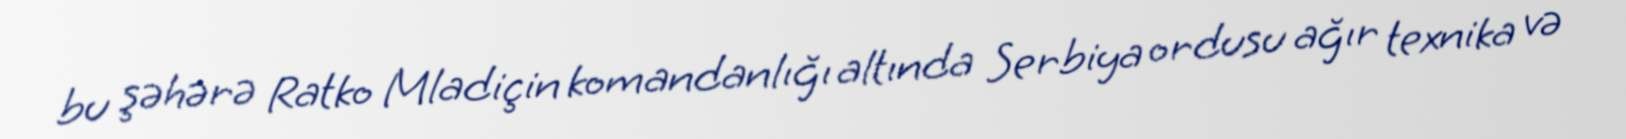
bu şəhərə Ratko Mladiçin komandanlığı altında Serbiya ordusu ağır texnika və